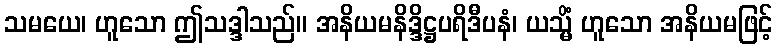
သမယေ၊ ဟူသော ဤသဒ္ဒါသည်။ အနိယမနိဒ္ဒိဋ္ဌပရိဒီပနံ၊ ယသ္မိံ ဟူသော အနိယမဖြင့်